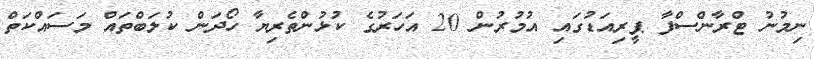
ނިމުނު ޓްރާންސްފާ ޕީރިއަޑުގައި އުމުރުން 20 އަހަރުގެ ކުޅުންތެރިޔާ ހޯދަން ކުލަބްތައް މަސައްކަތް